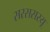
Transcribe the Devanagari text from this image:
सरससरयू